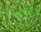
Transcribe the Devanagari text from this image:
५३०००३